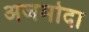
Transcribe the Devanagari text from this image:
अजमोदा